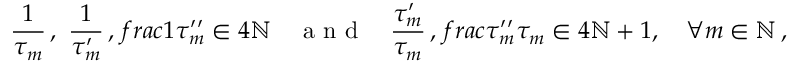
\frac { 1 } { \tau _ { m } } \, , \ \frac { 1 } { \tau _ { m } ^ { \prime } } \, , \, f r a c { 1 } { \tau _ { m } ^ { \prime \prime } } \in 4 \ensuremath { \mathbb { N } } \quad \mathrm { ~ a ~ n ~ d ~ } \quad \frac { \tau _ { m } ^ { \prime } } { \tau _ { m } } \, , \, f r a c { \tau _ { m } ^ { \prime \prime } } { \tau _ { m } } \in 4 \ensuremath { \mathbb { N } } + 1 , \quad \forall m \in \ensuremath { \mathbb { N } } \, ,